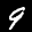
Label: 9